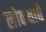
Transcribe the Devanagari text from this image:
लोकवाद्ये